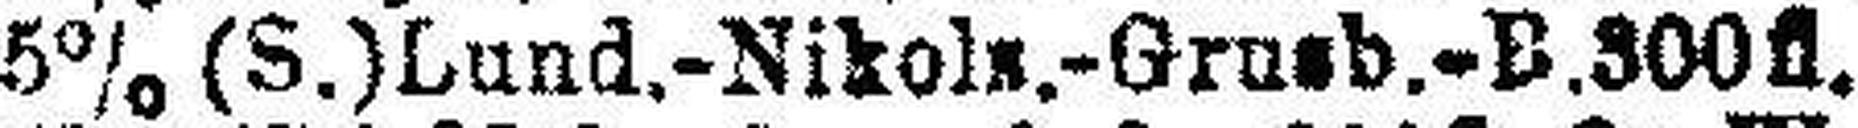
5% (S.) Lund.-Nikols.-Grusb.-B.300 fl.